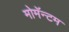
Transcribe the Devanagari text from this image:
मोमॅन्टम